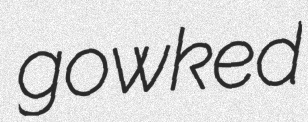
gowked